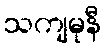
သကျမုနီ